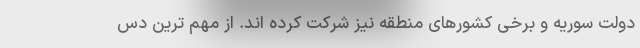
دولت سوریه و برخی کشورهای منطقه نیز شرکت کرده اند. از مهم ترین دس